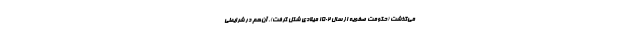
می‌گذشت (حکومت صفویه از سال ۱۵۰۲ میلادی شکل گرفت). آن‌هم در شرایطی